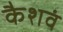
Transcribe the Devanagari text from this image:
कैशवं